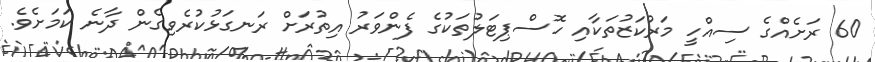
60 ރަށެއްގެ ސިއްހީ މަރުކަޒުތަކާއި ހޮސްޕިޓަލުތަކުގެ ފެންވަރު އިތުރަށް ރަނގަޅުކުރެވިގެން ދާނެ ކަމަށެވެ.